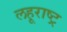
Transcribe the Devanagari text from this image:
लहूराष्ट्र